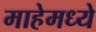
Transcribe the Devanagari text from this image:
माहेमध्ये